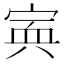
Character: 𡩂